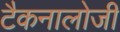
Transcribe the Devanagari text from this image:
टैकनालोजी